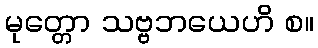
မုတ္တော သဗ္ဗဘယေဟိ စ။